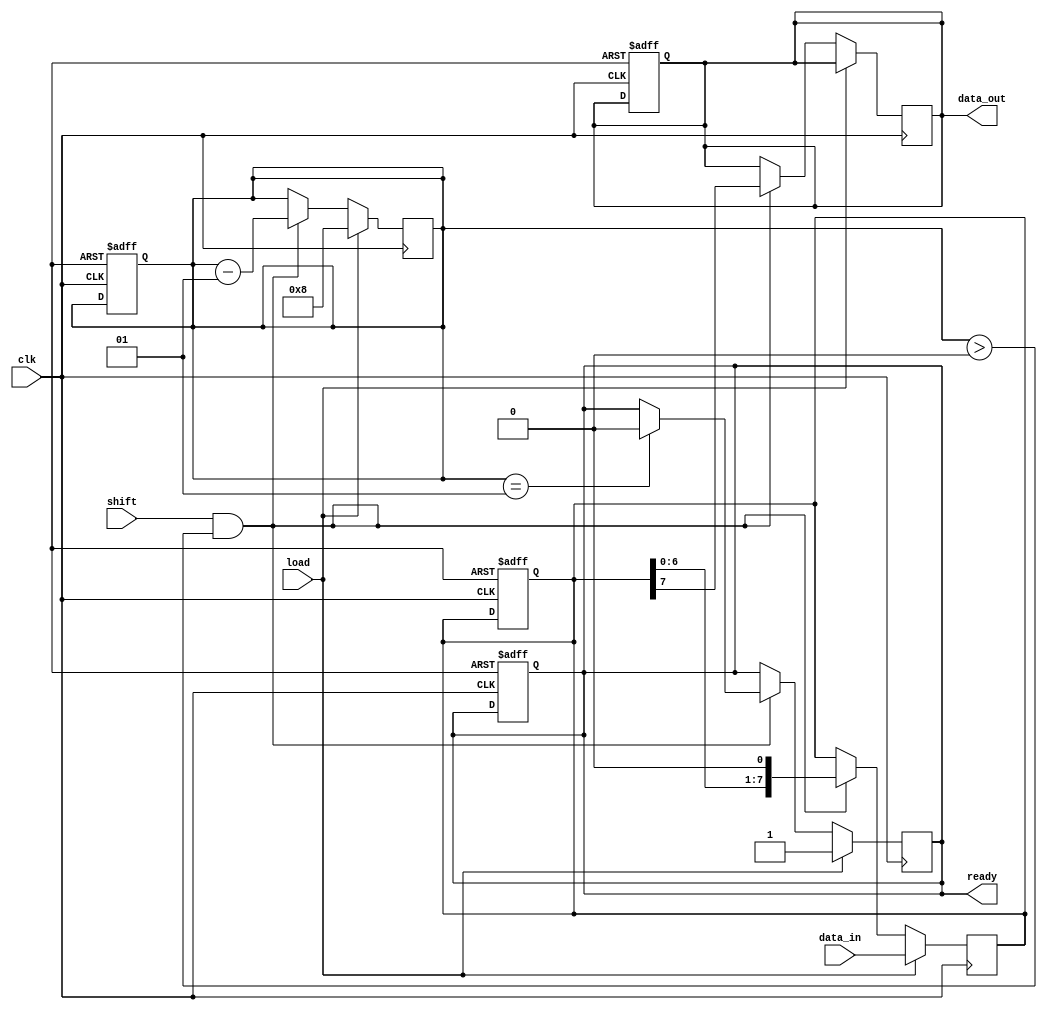
module PISO_Register #(
    parameter n = 8  // Width of the register
)(
    input wire clk,               // Clock signal
    input wire load,              // Load control signal
    input wire shift,             // Shift control signal
    input wire [n-1:0] data_in,   // Parallel input data bus
    output reg data_out,          // Serial output data line
    output reg ready              // Ready signal (optional)
);

    reg [n-1:0] shift_reg;        // Shift register to hold the data
    integer count;                // Counter for shifting bits

    always @(posedge clk) begin
        if (load) begin
            // Load data into the shift register
            shift_reg <= data_in;
            count <= n;           // Reset count to the width of the register
            ready <= 1'b1;        // Indicate that the register is ready to output
        end else if (shift && count > 0) begin
            // Shift data out serially
            data_out <= shift_reg[n-1]; // Output the MSB (or LSB based on design)
            shift_reg <= {shift_reg[n-2:0], 1'b0}; // Shift left (or right based on design)
            count <= count - 1;   // Decrement the count
            if (count == 1) begin
                ready <= 1'b0;     // Indicate that the register is no longer ready
            end
        end
    end

    // Optional: Asynchronous reset functionality
    always @(posedge clk or negedge reset) begin
        if (!reset) begin
            shift_reg <= 0;       // Clear the shift register
            data_out <= 0;        // Clear the output
            count <= 0;           // Reset count
            ready <= 1'b0;        // Not ready after reset
        end
    end

endmodule